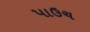
પાઉચ